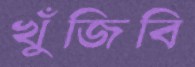
খুঁজিবি